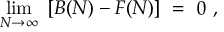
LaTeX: \operatorname * { l i m } _ { N \to \infty } ~ [ B ( N ) - F ( N ) ] ~ = ~ 0 ~ ,